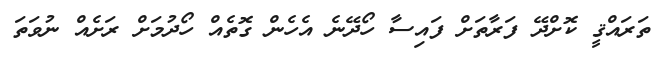
ތަރައްޤީ ކޮށްދޭ ފަރާތަށް ފައިސާ ހޯދޭނެ އެހެން ގޮތެއް ހޯދުމަށް ރަށެއް ނުވަތަ